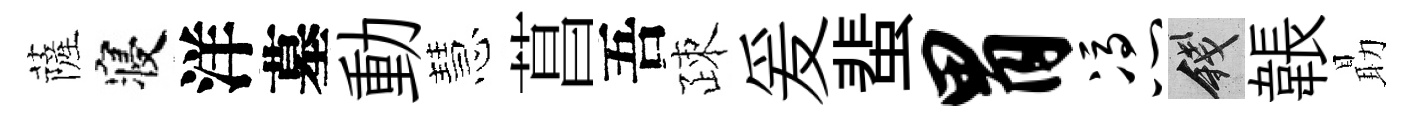
薩寝洋墓動慧菖吾疎爰蜚胃凭錢韔朂